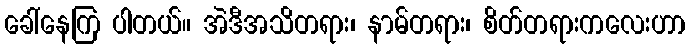
ခေါ်နေကြ ပါတယ်။ အဲဒီအသိတရား၊ နာမ်တရား၊ စိတ်တရားကလေးဟာ